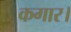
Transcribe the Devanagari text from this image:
कगार।